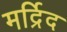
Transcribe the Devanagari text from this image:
मर्द्रिद